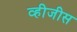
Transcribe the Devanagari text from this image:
व्हीजीस